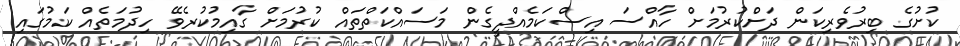
ކުށުގެ ބިރުވެރިކަން ދަށްކުރުމަށް ހާއްސަ އިސްކަމެއްދީގެން މަސައްކަތްތައް ކުރުމަށް ގާއިމުކުރެވޭ ހިދުމަތެއް ކަމުގައި